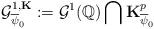
LaTeX: \begin{align*}\mathcal{G}_{\overline{\psi}_0}^{1,\mathbf{K}}:=\mathcal{G}^1(\mathbb{Q})\bigcap\mathbf{K}_{{\overline{\psi}_0}}^p\end{align*}